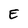
Character: E